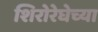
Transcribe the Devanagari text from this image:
शिरोरेघेच्या